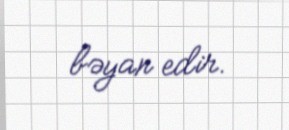
bəyan edir.